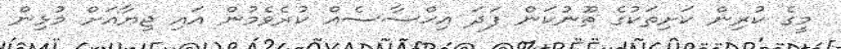
މީގެ ކުރިން ކަށިތަކުގެ ތޫނުކަން ފަދަ އިޙްސާސެއް ކުރެވެމުން އައި ޖިޔާއަށް މުޅިން